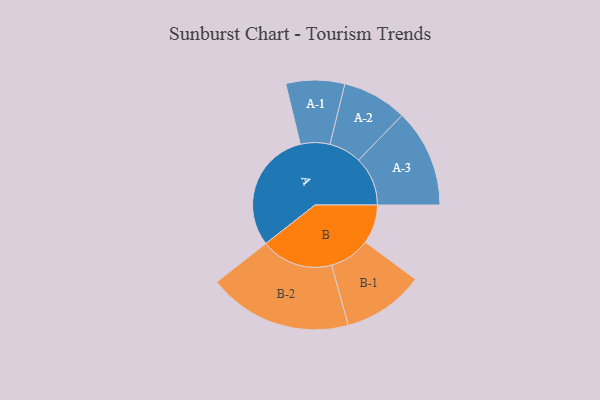
{"axis": {"x": "Segment", "y": "Value"}, "legend": ["", "A", "B"], "data": [{"x": "A", "y": 484, "type": ""}, {"x": "B", "y": 154, "type": ""}, {"x": "A-1", "y": 116, "type": "A"}, {"x": "A-2", "y": 128, "type": "A"}, {"x": "A-3", "y": 194, "type": "A"}, {"x": "B-1", "y": 161, "type": "B"}, {"x": "B-2", "y": 285, "type": "B"}]}